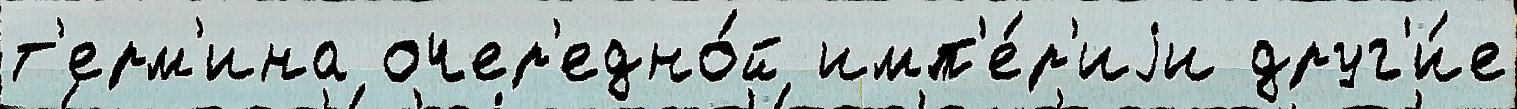
т'ерм'ина очер'едно́й имп'е́р'иjи друг'и́е